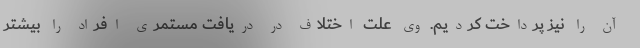
آن را نیز پرداخت کردیم. وی علت اختلاف در دریافت مستمری افراد را بیشتر